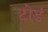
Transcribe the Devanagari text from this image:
टोडं